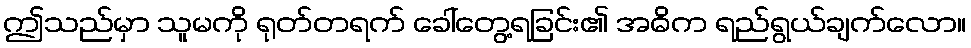
ဤသည်မှာ သူမကို ရုတ်တရက် ခေါ်တွေ့ရခြင်း၏ အဓိက ရည်ရွယ်ချက်လော။